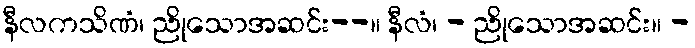
နီလကသိဏံ၊ ညိုသောအဆင်း--။ နီလံ၊ - ညိုသောအဆင်း။ -